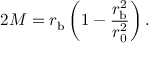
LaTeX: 2 M = r _ { \mathrm { b } } \left( 1 - \frac { r _ { \mathrm { b } } ^ { 2 } } { r _ { 0 } ^ { 2 } } \right) .